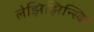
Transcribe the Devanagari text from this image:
लेझिझिन्स्कि